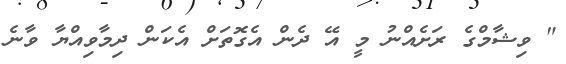
" ވިޝާމްގެ ރަށެއްނު މީ އޭ ދެން އެގޮތަށް އެކަން ދިމާވިއްޔާ ވާނެ